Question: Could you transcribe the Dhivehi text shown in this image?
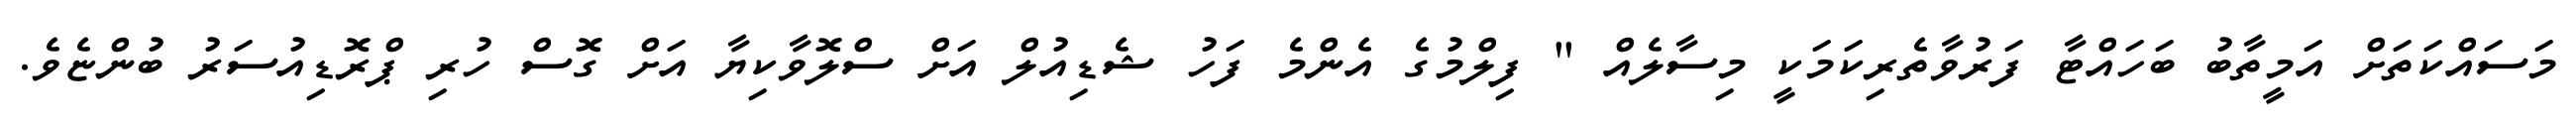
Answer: މަސައްކަތަށް އަމީތާބު ބަހައްޓާ ފަރުވާތެރިކަމަކީ މިސާލެއް " ފިލްމުގެ އެންމެ ފަހު ޝެޑިއުލް އަށް ސްލޮވާކިޔާ އަށް ގޮސް ހުރި ޕްރޮޑިއުސަރު ބުންޏެވެ.